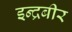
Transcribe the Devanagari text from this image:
इन्द्रबीर